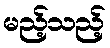
မည့်သည့်